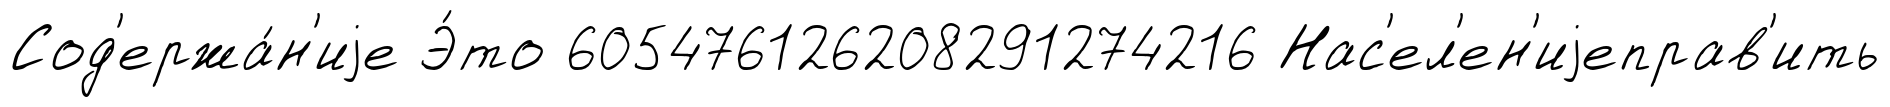
Сод'ержа́н'иjе Э́то 605476126208291274216 Нас'ел'ен'иjеправ'ить